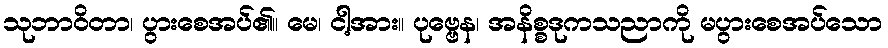
သုဘာဝိတာ၊ ပွားစေအပ်၏။ မေ၊ ငါ့အား။ ပုဗ္ဗေန၊ အနိစ္စဒုကသညာကို မပွားစေအပ်သော